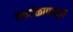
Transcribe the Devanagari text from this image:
त्यावेळापासून